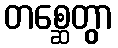
တစ္ဆေတွာ